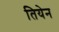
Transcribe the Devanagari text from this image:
तियेन